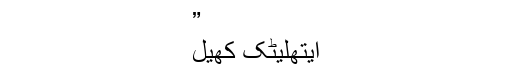
”
ایتھلیٹک کھیل